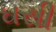
ઘસી